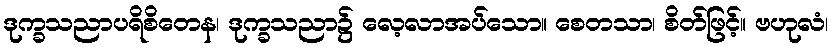
ဒုက္ခသညာပရိစိတေန၊ ဒုက္ခသညာ၌ လေ့လာအပ်သော။ စေတသာ၊ စိတ်ဖြင့်။ ဗဟုလံ၊